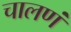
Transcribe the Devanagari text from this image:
चालणं